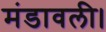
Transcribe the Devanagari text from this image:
मंडावली।